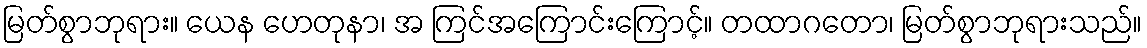
မြတ်စွာဘုရား။ ယေန ဟေတုနာ၊ အ ကြင်အကြောင်းကြောင့်။ တထာဂတော၊ မြတ်စွာဘုရားသည်။